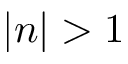
| n | > 1